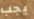
يجب